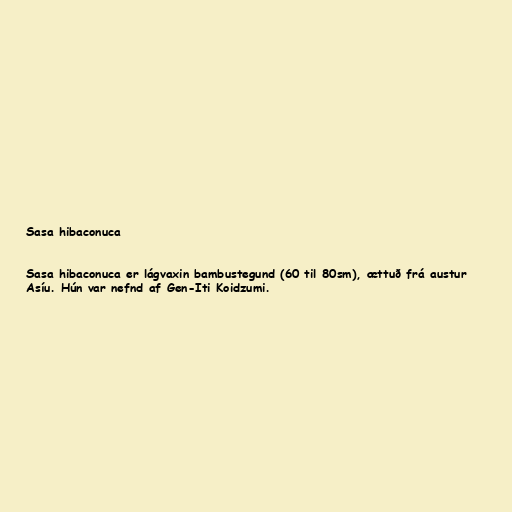
Sasa hibaconuca

Sasa hibaconuca er lágvaxin bambustegund (60 til 80sm), ættuð frá austur
Asíu. Hún var nefnd af Gen-Iti Koidzumi.